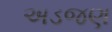
અડજણ